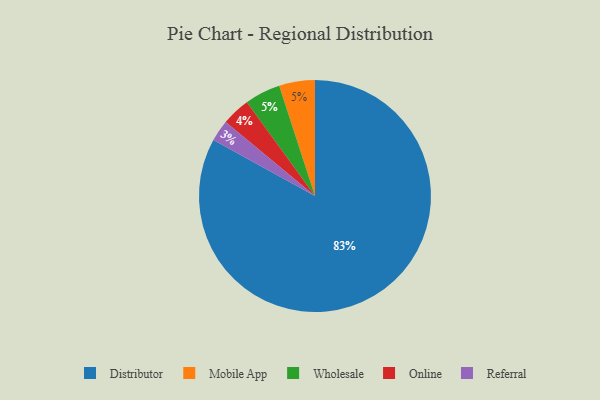
{"axis": {"x": "Category", "y": "Percentage"}, "legend": ["Distributor", "Mobile App", "Online", "Referral", "Wholesale"], "data": [{"x": "Mobile App", "y": 5, "type": "Mobile App"}, {"x": "Online", "y": 4, "type": "Online"}, {"x": "Distributor", "y": 83, "type": "Distributor"}, {"x": "Wholesale", "y": 5, "type": "Wholesale"}, {"x": "Referral", "y": 3, "type": "Referral"}]}